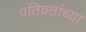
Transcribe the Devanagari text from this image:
पतिव्रतांच्या